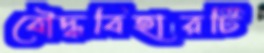
বৌদ্ধবিহারটি